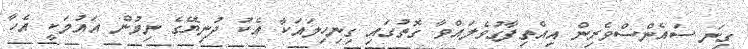
ގިނަ ސައެންސްވެރިން އިއްތިފާގުވެލައްވާ ގޮތުގައި ގިނިހިލައަކާ އެކު ދުނިޔޭގެ ނިމުން އައުމަކީ އެހާ